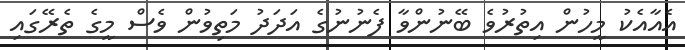
އެއާއެކު މީހުން އިތުރުވެ ބޭނުންވާ ފެނުނުގެ އަދަދު މަތިވުން ވެސް މީގެ ތެރޭގައި